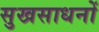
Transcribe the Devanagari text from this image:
सुखसाधनों